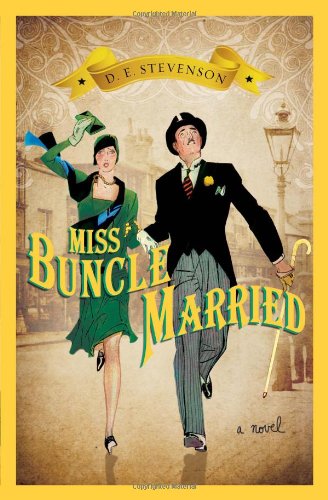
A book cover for Miss Buncle Married; D.E. Stevenson; Literature & Fiction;